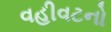
વહીવટનો